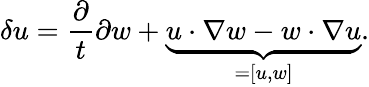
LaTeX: \delta u=\frac{\partial}{t}{\partial w}+\underbrace{u\cdot\nabla w-w\cdot\nabla u}_{=[u,w]}.